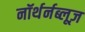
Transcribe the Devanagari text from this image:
नॉर्थर्नब्लूज़